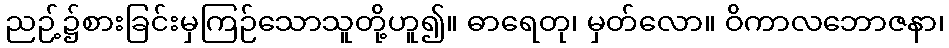
ညဉ့်၌စားခြင်းမှကြဉ်သောသူတို့ဟူ၍။ ဓာရေတု၊ မှတ်လော။ ဝိကာလဘောဇနာ၊